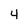
Character: 4